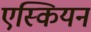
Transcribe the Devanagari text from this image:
एस्कियन